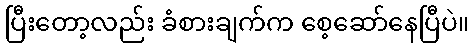
ပြီးတော့လည်း ခံစားချက်က စေ့ဆော်နေပြီပဲ။